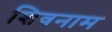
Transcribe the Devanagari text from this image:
शिवनाम